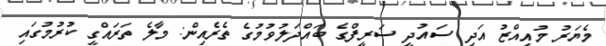
މެޔަރު މުއިއްޒު އަދި ސައުދީ ސަރީފްގެ ބައްދަލުވުމުގެ ތެރެއިން: މާލެ ތަރައްގީ ކުރުމުގައި